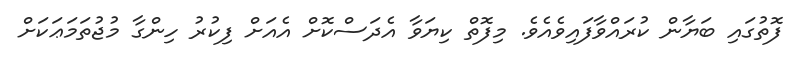
ފޮތުގައި ބަޔާން ކުރައްވާފައިވެއެވެ. މިފޮތް ކިޔަވާ އެދަސްކޮށް އެއަށް ފިކުރު ހިންގާ މުޖުތަމަޢަކަށް